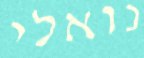
נואלי